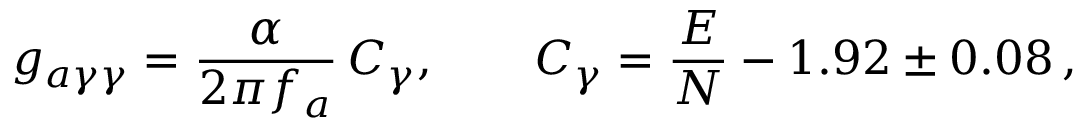
g _ { a \gamma \gamma } = \frac { \alpha } { 2 \pi f _ { a } } \, C _ { \gamma } , \qquad C _ { \gamma } = \frac { E } { N } - 1 . 9 2 \pm 0 . 0 8 \, ,